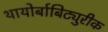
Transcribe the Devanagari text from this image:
थायोर्बाबिट्युरीक